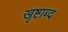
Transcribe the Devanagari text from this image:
खृष्टाब्द